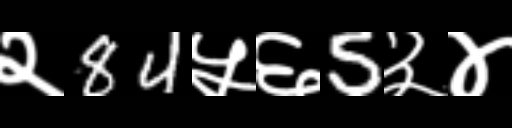
Text: २84५६5३४